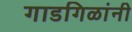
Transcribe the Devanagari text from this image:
गाडगिळांनी